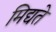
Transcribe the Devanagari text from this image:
मिद्यते